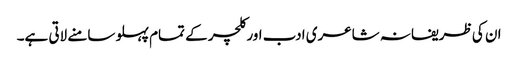
ان کی ظریفانہ شاعری ادب اور کلچر کے تمام پہلو سامنے لاتی ہے۔